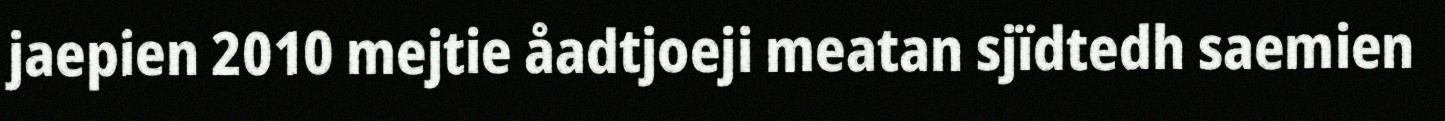
jaepien 2010 mejtie åadtjoeji meatan sjïdtedh saemien